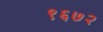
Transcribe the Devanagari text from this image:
९६७२